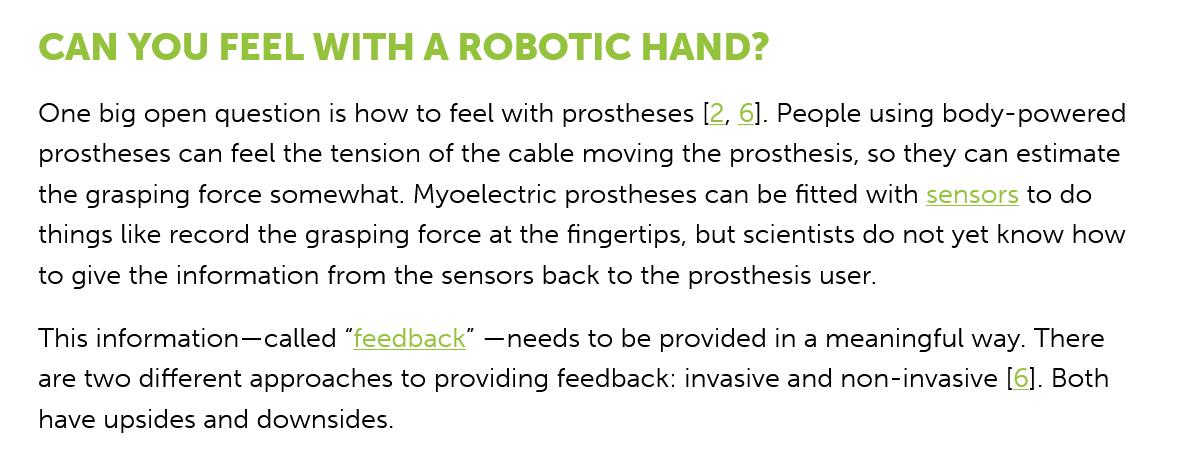
CAN    YOU   FEEL   WITH    A ROBOTIC    HAND?
   One  big open question is how to feel with prostheses [2, 6]. People using body-powered
   prostheses can feel the tension of the cable moving the prosthesis, so they can estimate
   the grasping force somewhat. Myoelectric prostheses can be fitted with sensors to do
   things like record the grasping force at the fingertips, but scientists do not yet know how
   to give the information from the sensors back to the prosthesis user.
   This information—called “feedback” —needs to be provided in a meaningful way. There
   are two different approaches to providing feedback: invasive and non-invasive [6]. Both
   have upsides and downsides.